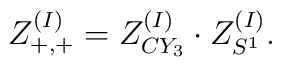
Z^{(I)}_{+,+}=Z_{CY_3}^{(I)} \cdot Z_{S^1}^{(I)}.